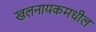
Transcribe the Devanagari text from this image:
खलनायकमधील